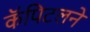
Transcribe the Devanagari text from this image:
कॅपिटलने